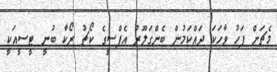
މެޗަށް ފަހު ވާހަކަ ދައްކަމުން ބެންގަލޫރު އެފްސީގެ ކޯޗު ރޯކާ ބުނީ ޓީސީއަކީ